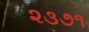
૨૩૭૧